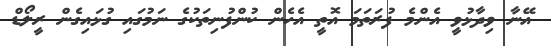
އޭނާ ވިދާޅުވީ އެންމެ ފުރަތަމަ އޮތީ އެހެން ކުންފުނިތަކުގެ ނަމުގައި ގުޅައިގެން ރީލޯޑް